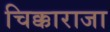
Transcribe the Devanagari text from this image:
चिक्काराजा